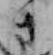
さ